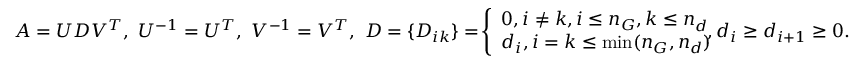
\begin{array} { r } { A = U D V ^ { T } , \ U ^ { - 1 } = U ^ { T } , \ V ^ { - 1 } = V ^ { T } , \ D = \{ D _ { i k } \} = \! \left\{ \begin{array} { l l } { 0 , i \ne k , i \le n _ { G } , k \le n _ { d } } \\ { d _ { i } , i = k \le \operatorname* { m i n } ( n _ { G } , n _ { d } ) } \end{array} \right. \! \! \! \! \! \! , d _ { i } \ge d _ { i + 1 } \ge 0 . } \end{array}